Vaccination in Bombay 1869-1873 - 1869-1873
Year: 1869
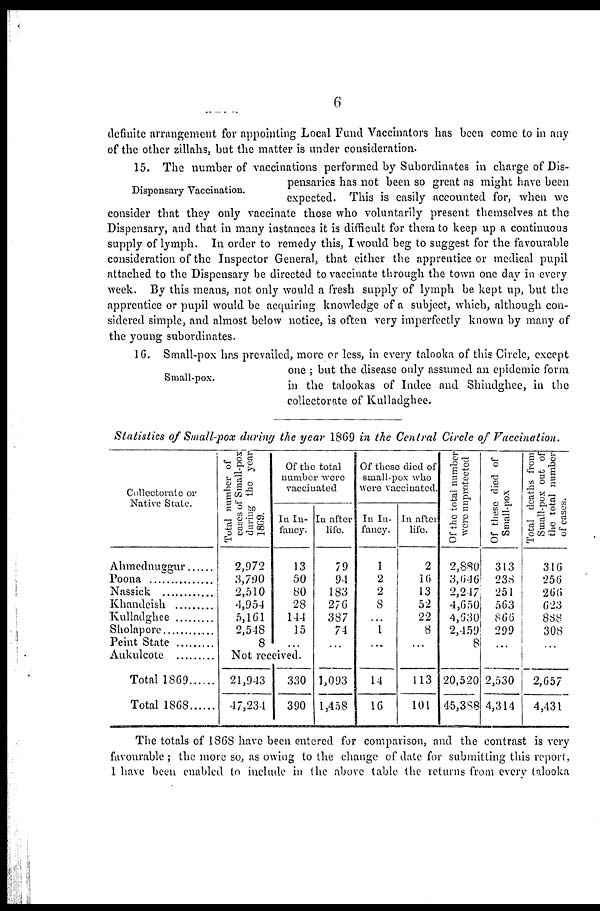
6
definite arrangement for appointing Local Fund Vaccinators has been come to in any
of the other zillahs, but the matter is under consideration.
Dispensary Vaccination.
15. The number of vaccinations performed by Subordinates in charge of Dis-
pensaries has not been so great as might have been
expected. This is easily accounted for, when we
consider that they only vaccinate those who voluntarily present themselves at the
Dispensary, and that in many instances it is difficult for them to keep up a continuous
supply of lymph. In order to remedy this, I would beg to suggest for the favourable
consideration of the Inspector General, that either the apprentice or medical pupil
attached to the Dispensary be directed to vaccinate through the town one day in every
week. By this means, not only would a fresh supply of lymph be kept up, but the
apprentice or pupil would, be acquiring knowledge of a subject, which, although con-
sidered simple, and almost below notice, is often very imperfectly known by many of
the young subordinates.
Small-pox.
16. Small-pox has prevailed, more or less, in every talooka of this Circle, except
one ; but the disease only assumed an epidemic form
in the talookas of Indee and Shindghee, in the
collectorate of Kulladghee.
Statistics of Small-pox during the year 1869 in the Central Circle of Vaccination.
Collectorate or
Native State.
Ahmednuggur......
Poona
Nassick
Khandeish
Kulladghee
Sholapore
Peint State
Aukulcote
Total 1869......
Total 1868 ......
Total number of
cases of Small-pox
during the year
1869.
2,972
3,790
2,510
4,954
5,161
2,548
8
Of the total
number were
vaccinated
In In-
fancy.
13
50
80
28
144
15
...
Not received.
21,943
47,234
330
390
In after
life.
79
94
183
276
387
74
...
1,093
1,458
Of these died of
small-pox who
were vaccinated.
In In-
fancy.
1
2
2
8
...
1
...
14
16
In after
life.
2
16
13
52
22
8
...
113
101
Of the total number
were unprotected
2,880
3,646
2,247
4,650
4,630
2,459
8
20,520
45,388
Of these died of
Small-pox
313
238
251
563
866
299
...
2,530
4,314
Total deaths from
Small-pox out of
the total number
of cases.
316
256
266
623
888
308
...
2,657
4,431
The totals of 1868 have been entered for comparison, and the contrast is very
favourable ; the more so, as owing to the change of date for submitting this report,
1 have been enabled to include in the above table the returns from every talooka